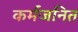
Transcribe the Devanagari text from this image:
कर्मजनित